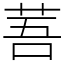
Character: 䓊